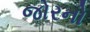
જોરનો